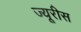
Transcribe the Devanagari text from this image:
ज्यूरीस